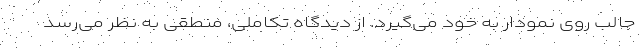
جالب روی نمودار به خود می‌گیرد. از دیدگاه تکاملی، منطقی به نظر می‌رسد